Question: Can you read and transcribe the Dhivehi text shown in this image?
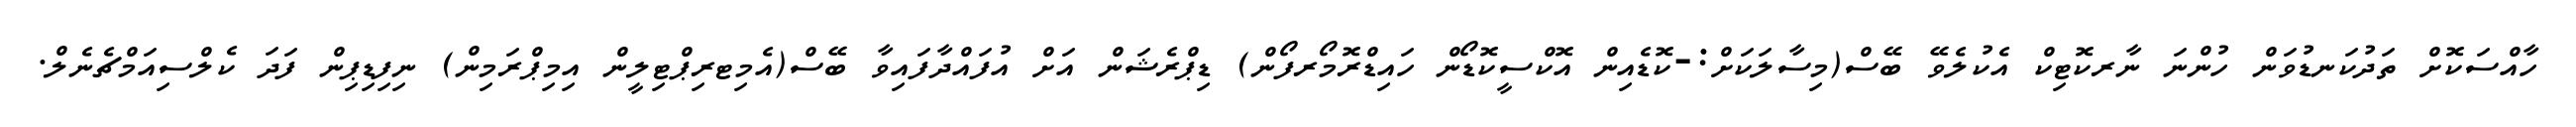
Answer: ހާއްސަކޮށް ތަދުކަނޑުވަން ހުންނަ ނާރކޮޓިކް އެކުލެވޭ ބޭސް(މިސާލަކަށް:-ކޮޑެއިން އޮކްސީކޮޑޯން ހައިޑްރޮމޯރފޯން) ޑިޕްރެޝަން އަށް އުފައްދާފައިވާ ބޭސް(އެމިޓރިޕްޓިލީން އިމިޕްރަމިން) ނިފިޑިޕިން ފަދަ ކެލްސިއަމްޗެނެލް.